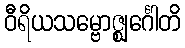
ဝီရိယသမ္ဗောဇ္ဈင်္ဂေါတိ